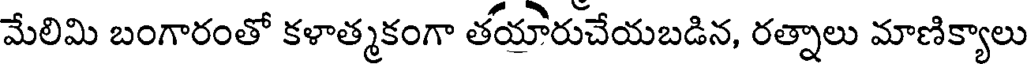
మేలిమి బంగారంతో కళాత్మకంగా తయారుచేయబడిన, రత్నాలు మాణిక్యాలు